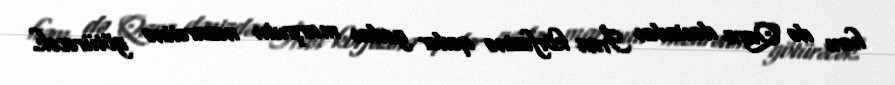
həm də Qara dənizdən İran körfəzinə qədər gedən marşrutu nəzarətinə götürəcək.